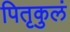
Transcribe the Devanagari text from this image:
पितृकुलं